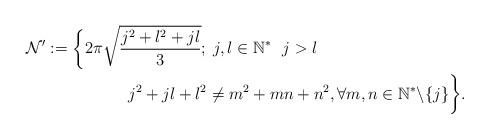
LaTeX: \begin{align*} \mathcal{N}':=\bigg\{&2\pi\sqrt{\frac{j^{2}+l^{2}+jl}{3}};\;j,l\in \mathbb{N}^{\ast} ~ {}~ j>l ~{}~\\&~~~~~~~~j^2+jl+l^2\neq m^2+mn+n^2, \forall m,n\in \mathbb{N}^*\backslash \{j\}\bigg\}. ~~~~ \end{align*}